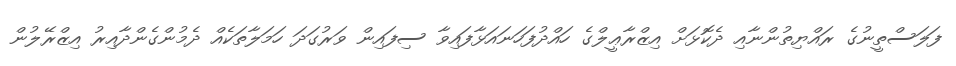
ފަލަސްތީނުގެ ރައްޔިތުންނާއި ދެކޮޅަށް އިޒްރާޢީލްގެ ހައްދުފަހަނައަޅާފައިވާ ސިފައިން ވަރުގަދަ ހަމަލާތަކެއް ދެމުންގެންދާއިރު އިޒްރޭލުން